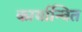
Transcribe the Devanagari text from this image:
कार्यान्‍वित